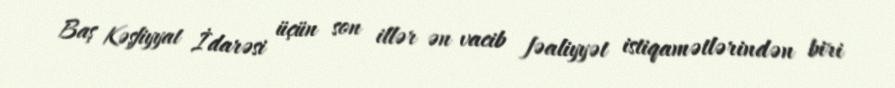
Baş Kəşfiyyat İdarəsi üçün son illər ən vacib fəaliyyət istiqamətlərindən biri